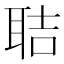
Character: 聐